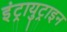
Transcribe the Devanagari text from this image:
इंट्रायुट्राइन